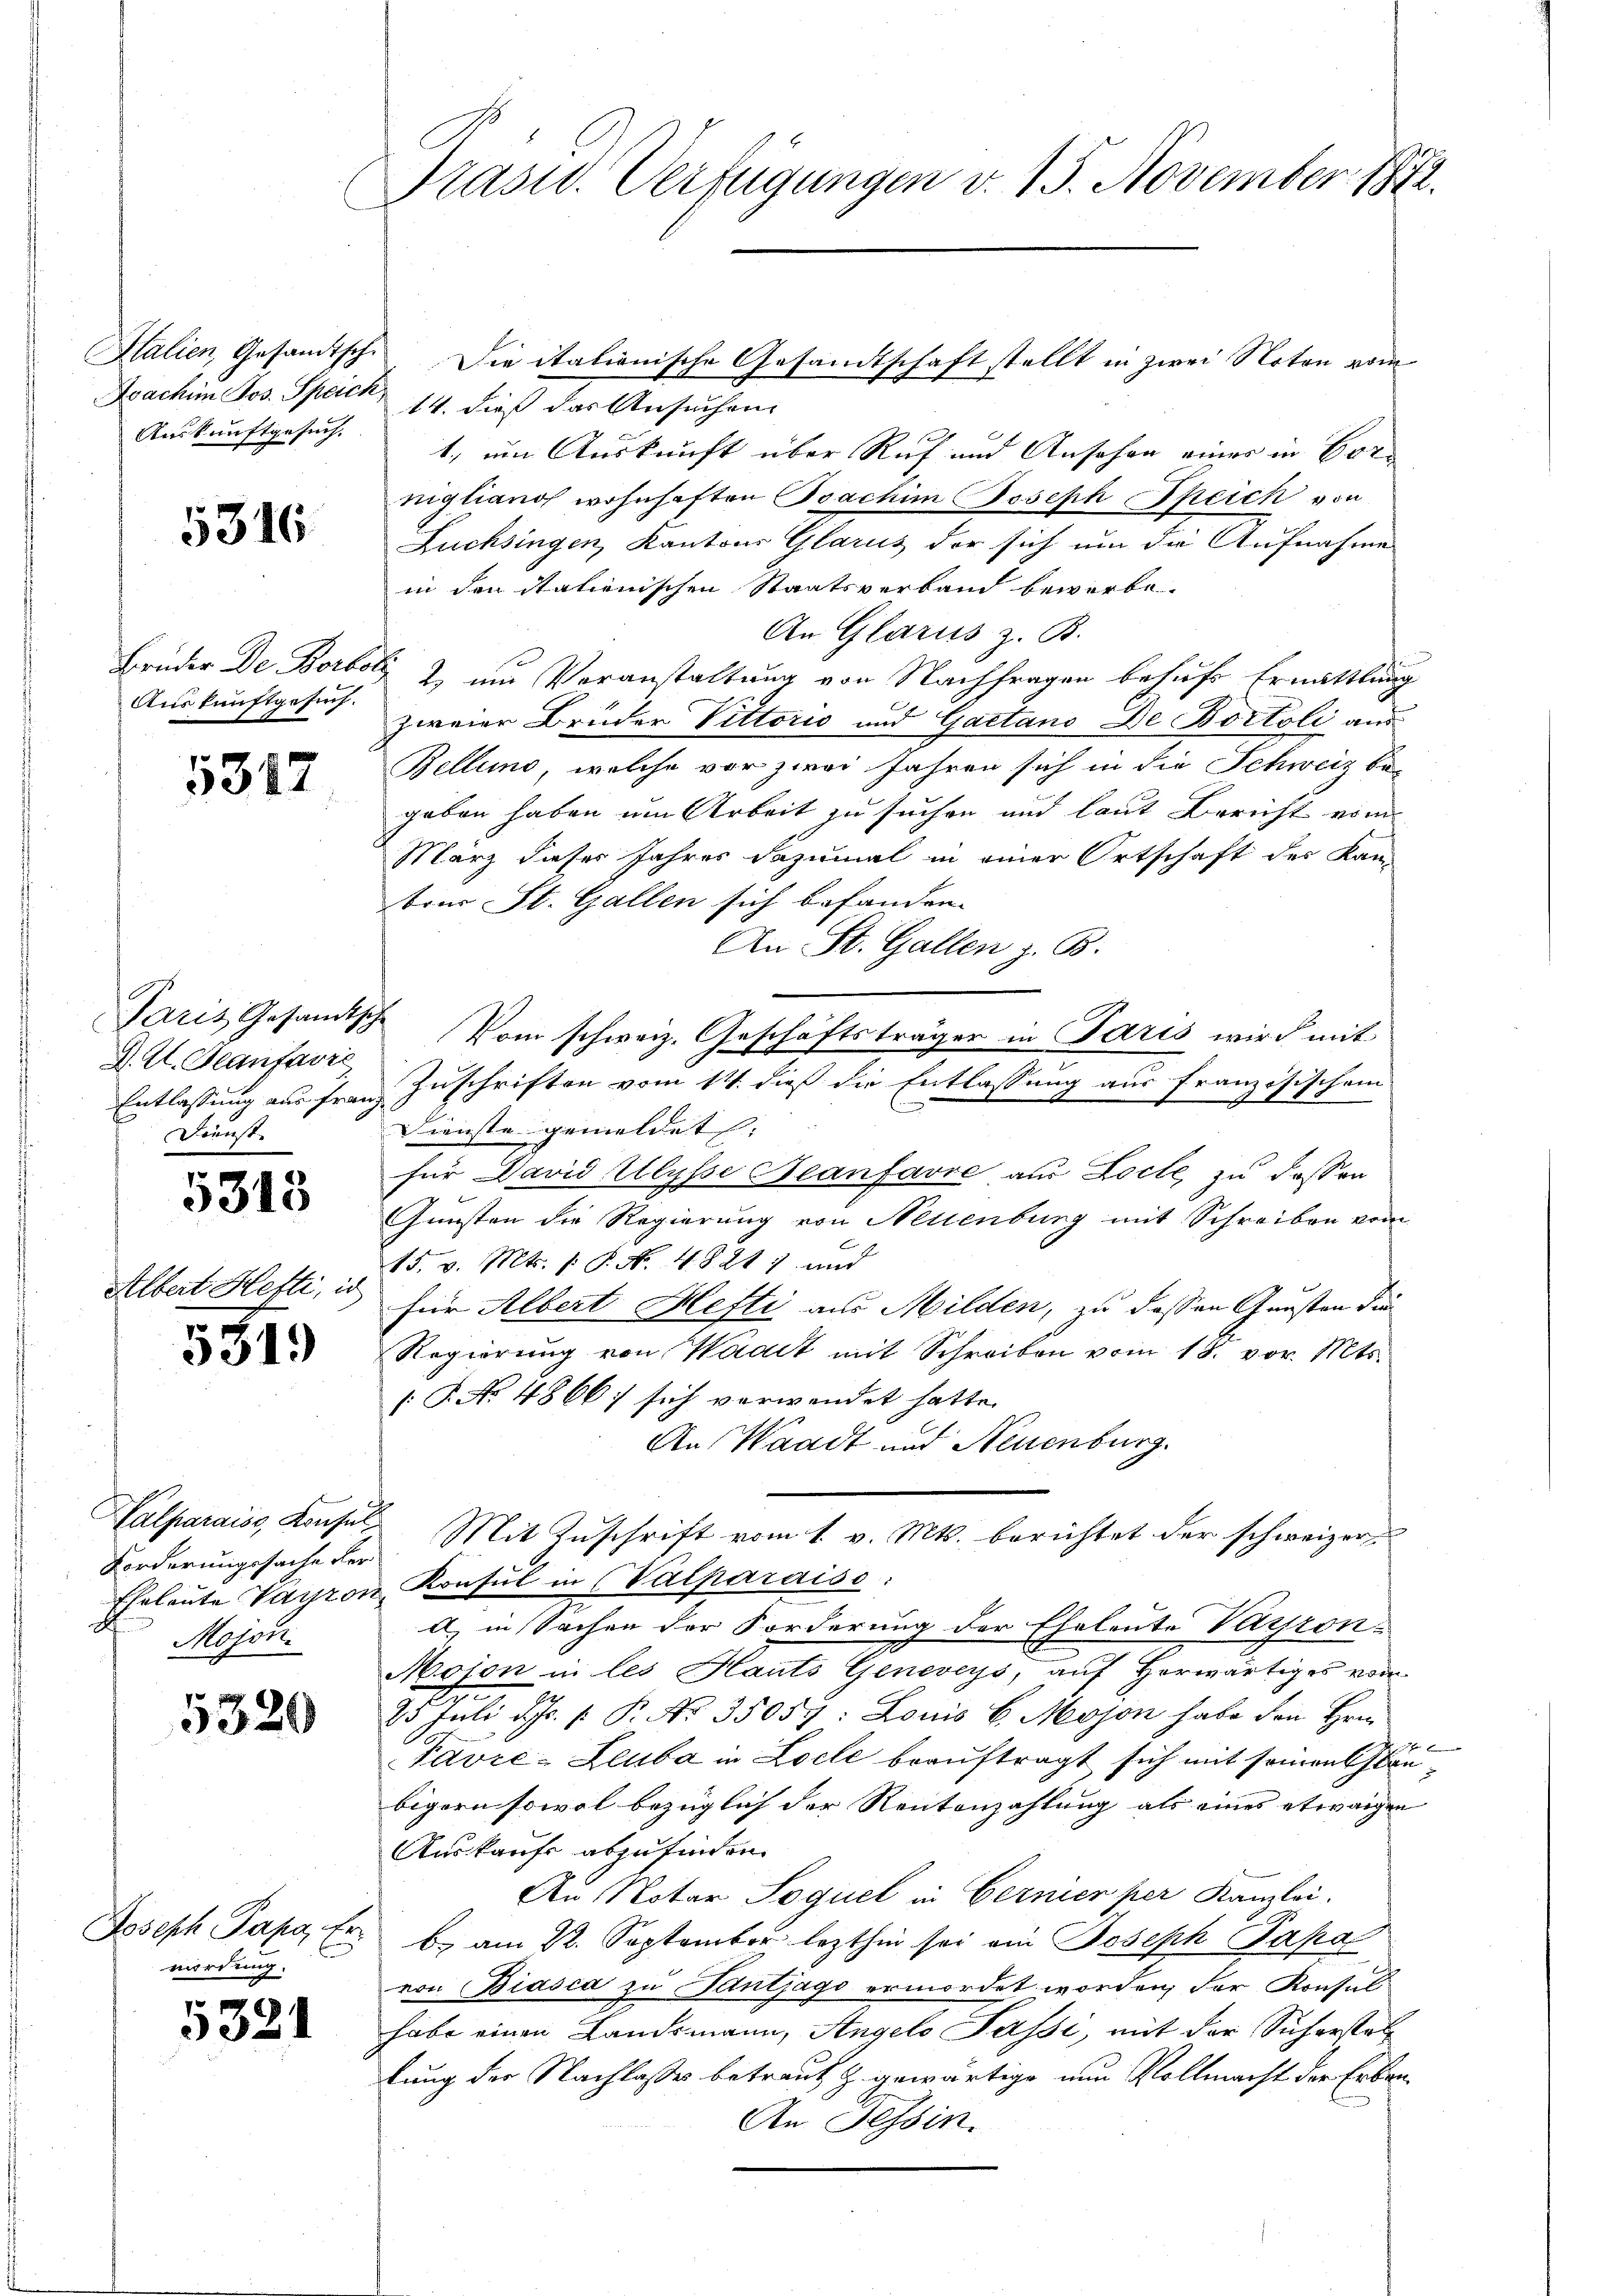
Auskunftgesuch.

5316

Auskunftgesuch.

5317

Paris Gesandtsche
J. A. Heanfavre
Dienst

5315

Albert Hefti, is

5319)

Forderungssache der
Mojen.

5320

Joseph Papa, Er
wirdung.

5321

Präsid. Verfügungen v. 15. November 1872

Halien, Gesandtsch. Die italionische Gesandtschaft stellt in zwei Noten vom
Doachim Jos. Speich 14. dieß das Ansuchen
1, um Auskunft über Ruf und Ansehen einer in Cornigliano wohnhaften Boachim Joseph Speich von
Lüchsingen, Kantons Glarus der sich um die Aufnahme
in den itationischen Staatsverband bewerbe
An Glarus z. B.
Brüder De Borboly 2, um Voranstaltung von Nachfragen behufs Ermattlung
zweier Bruder Vittoris und Gaetano De Bostoli aus
Belling, welche vor zwei Jahren sich in die Schweiz be-
geben haben um Arbeit zu suchen und laut Bericht vom
März dieses Jahres dazumal in einer Ortschaft der Kan-
brer St. Gallen sich befanden.
An St. Gallen z. B.
Vom schweiz. Geschäftsträger in Paris wird mit
Dienste gemeldet. |
für David Ulysse Beanfavve aus Loche, zu dassen
Gunsten die Regierung von Neuenburg mit Schreiben vom
15. v. Mts. 1. P. Nr. 48217 und
für Albert Hefti aus Milden, zu dessen Gunsten dur
Regierung von Waadt mit Schreiben vom 18. vor. Mts.
[P. No 4866; sich verwendet hatte.
An Waadt und Neuenburg.
Valparais, Konsuls Mit Zuschrift vom 1. v. Mts. berichtet der schweizer¬
Eheleute Vayron Konsul in (Valparaiso:
a) in Sachen der Forderung der Eheleute Verson
Mojon in les Hauts Geneveys, auf Horwärtiges vom
25 Juli d. Js. [ P. No. 35057: Louis 6. Mojon habe den Hrn.
f x
Favre-Leuba in Loele beauftragt sich mit seinen Glanbigern sowol bezüglich der Rentenzahlung als eines etwaigen
Auskaufe abzufinden.
Au Notar Soquel in Cernien per Kanzlei.
b. am 22. September lezthin sei ein Joseph Papa
von Biasca zu Tantjago ermordet worden, der Konsul
habe einen Landsmann, Angelo Passi, mit der Sicherstellung der Nachlasses betraut Z. gewärtige nun Vollmacht der Erben¬
An Tessin.

Entlassung aus Franz Zuschriften vom 14. dieß die Entlassung aus französischem